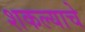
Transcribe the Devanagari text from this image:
शकल्याचे